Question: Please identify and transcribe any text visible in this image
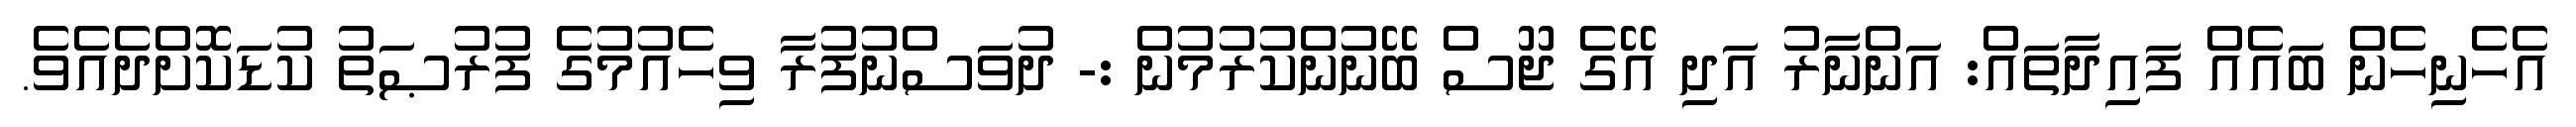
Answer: އެހެނިހެން ބައެއް ފައިދާތައް: އަންނާރު އަދި އޭގެ ޖޫސް ބޭނުންކުރުމުން :- ދުވަސްނުފުރާ ވިހެއުމުގެ ފުރުޞަތު ކުޑަކޮށްދެއެވެ.